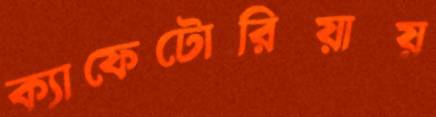
ক্যাফেটোরিয়ায়